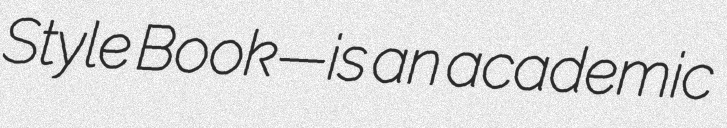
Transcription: Style Book—is an academic